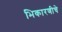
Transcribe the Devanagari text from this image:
भिकारणीचे